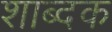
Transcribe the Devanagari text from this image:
शाब्दक